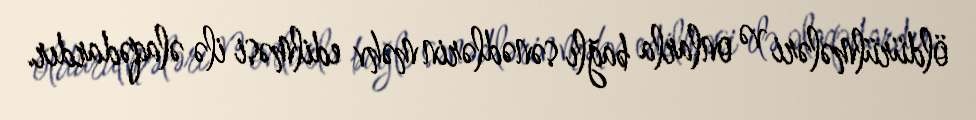
öldürülmələri və onlarla bağlı sənədlərin məhv edilməsi ilə əlaqədardır.